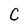
Character: C